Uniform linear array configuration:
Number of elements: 64
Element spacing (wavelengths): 0.5
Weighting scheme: hann
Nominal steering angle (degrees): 0
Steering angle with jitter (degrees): -0.6482
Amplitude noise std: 0.05
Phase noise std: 0.05

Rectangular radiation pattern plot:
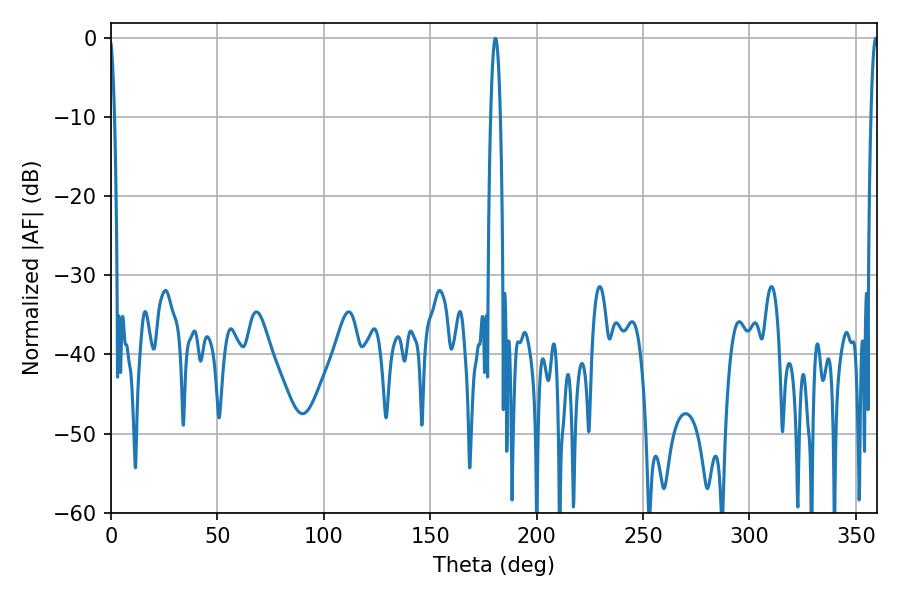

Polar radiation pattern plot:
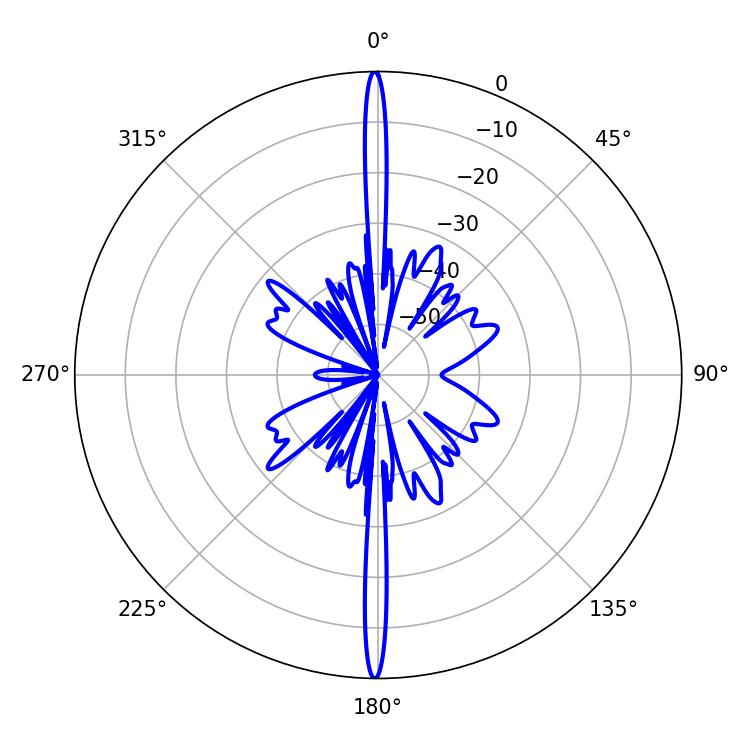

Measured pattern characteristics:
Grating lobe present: FALSE
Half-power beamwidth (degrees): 1.8
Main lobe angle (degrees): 359.28